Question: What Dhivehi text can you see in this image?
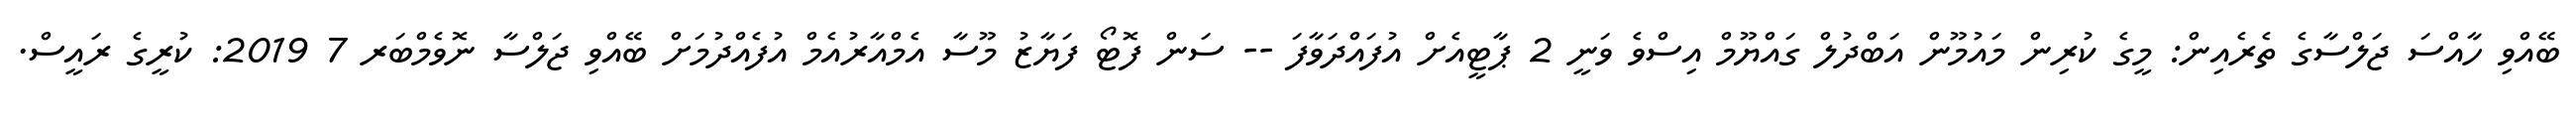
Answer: ބޭއްވި ހާއްސަ ޖަލްސާގެ ތެރެއިން: މީގެ ކުރިން މައުމޫން އަބްދުލް ގައްޔޫމް އިސްވެ ވަނީ 2 ޕާޓީއެށް އުފައްދަވާފަ -- ސަން ފޮޓޯ ފަޔާޒު މޫސާ އެމްއާރުއެމް އުފެއްދުމަށް ބޭއްވި ޖަލްސާ ނޮވެމްބަރ 7 2019: ކުރީގެ ރައީސް.